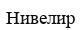
Нивелир